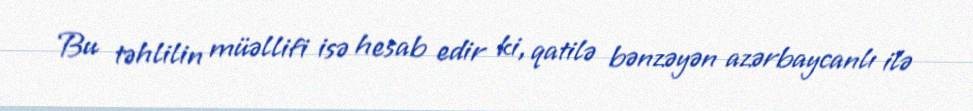
Bu təhlilin müəllifi isə hesab edir ki, qatilə bənzəyən azərbaycanlı ilə